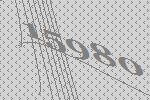
15980